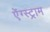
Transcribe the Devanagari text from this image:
ऐंग्स्ट्राम